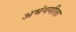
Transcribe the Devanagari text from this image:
अभंगगीता